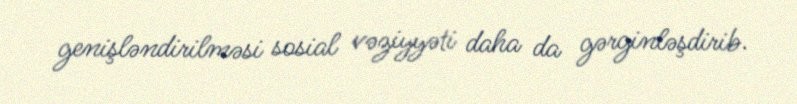
genişləndirilməsi sosial vəziyyəti daha da gərginləşdirib.